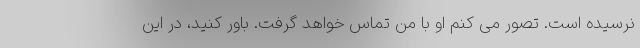
نرسیده است. تصور می کنم او با من تماس خواهد گرفت. باور کنید، در این